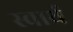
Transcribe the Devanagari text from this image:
स्‍वार्थ